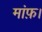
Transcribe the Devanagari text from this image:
मांफ़।